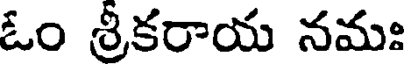
ఓం శ్రీకరాయ నమః